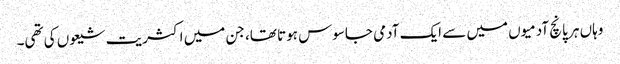
وہاں ہر پانچ آدمیوں میں سے ایک آدمی جاسوس ہوتا تھا، جن میں اکثریت شیعوں کی تھی۔